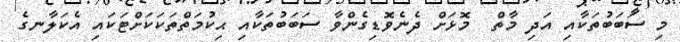
މި ސަބަބުތަކާއި އަދި މާތް  މޮޅަށް ދެނެވޮޑިގެންވާ ސަބަބުތަކާއި ޙިކުމަތްތަކަކަށްޓަކައި އެކަލާނގެ